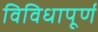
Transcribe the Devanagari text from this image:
विविधापूर्ण